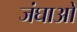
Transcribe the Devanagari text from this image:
जंघाओ